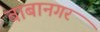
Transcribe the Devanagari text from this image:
बाबानगर